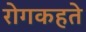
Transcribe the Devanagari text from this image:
रोगकहते